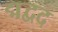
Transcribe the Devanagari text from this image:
द्मद्वद